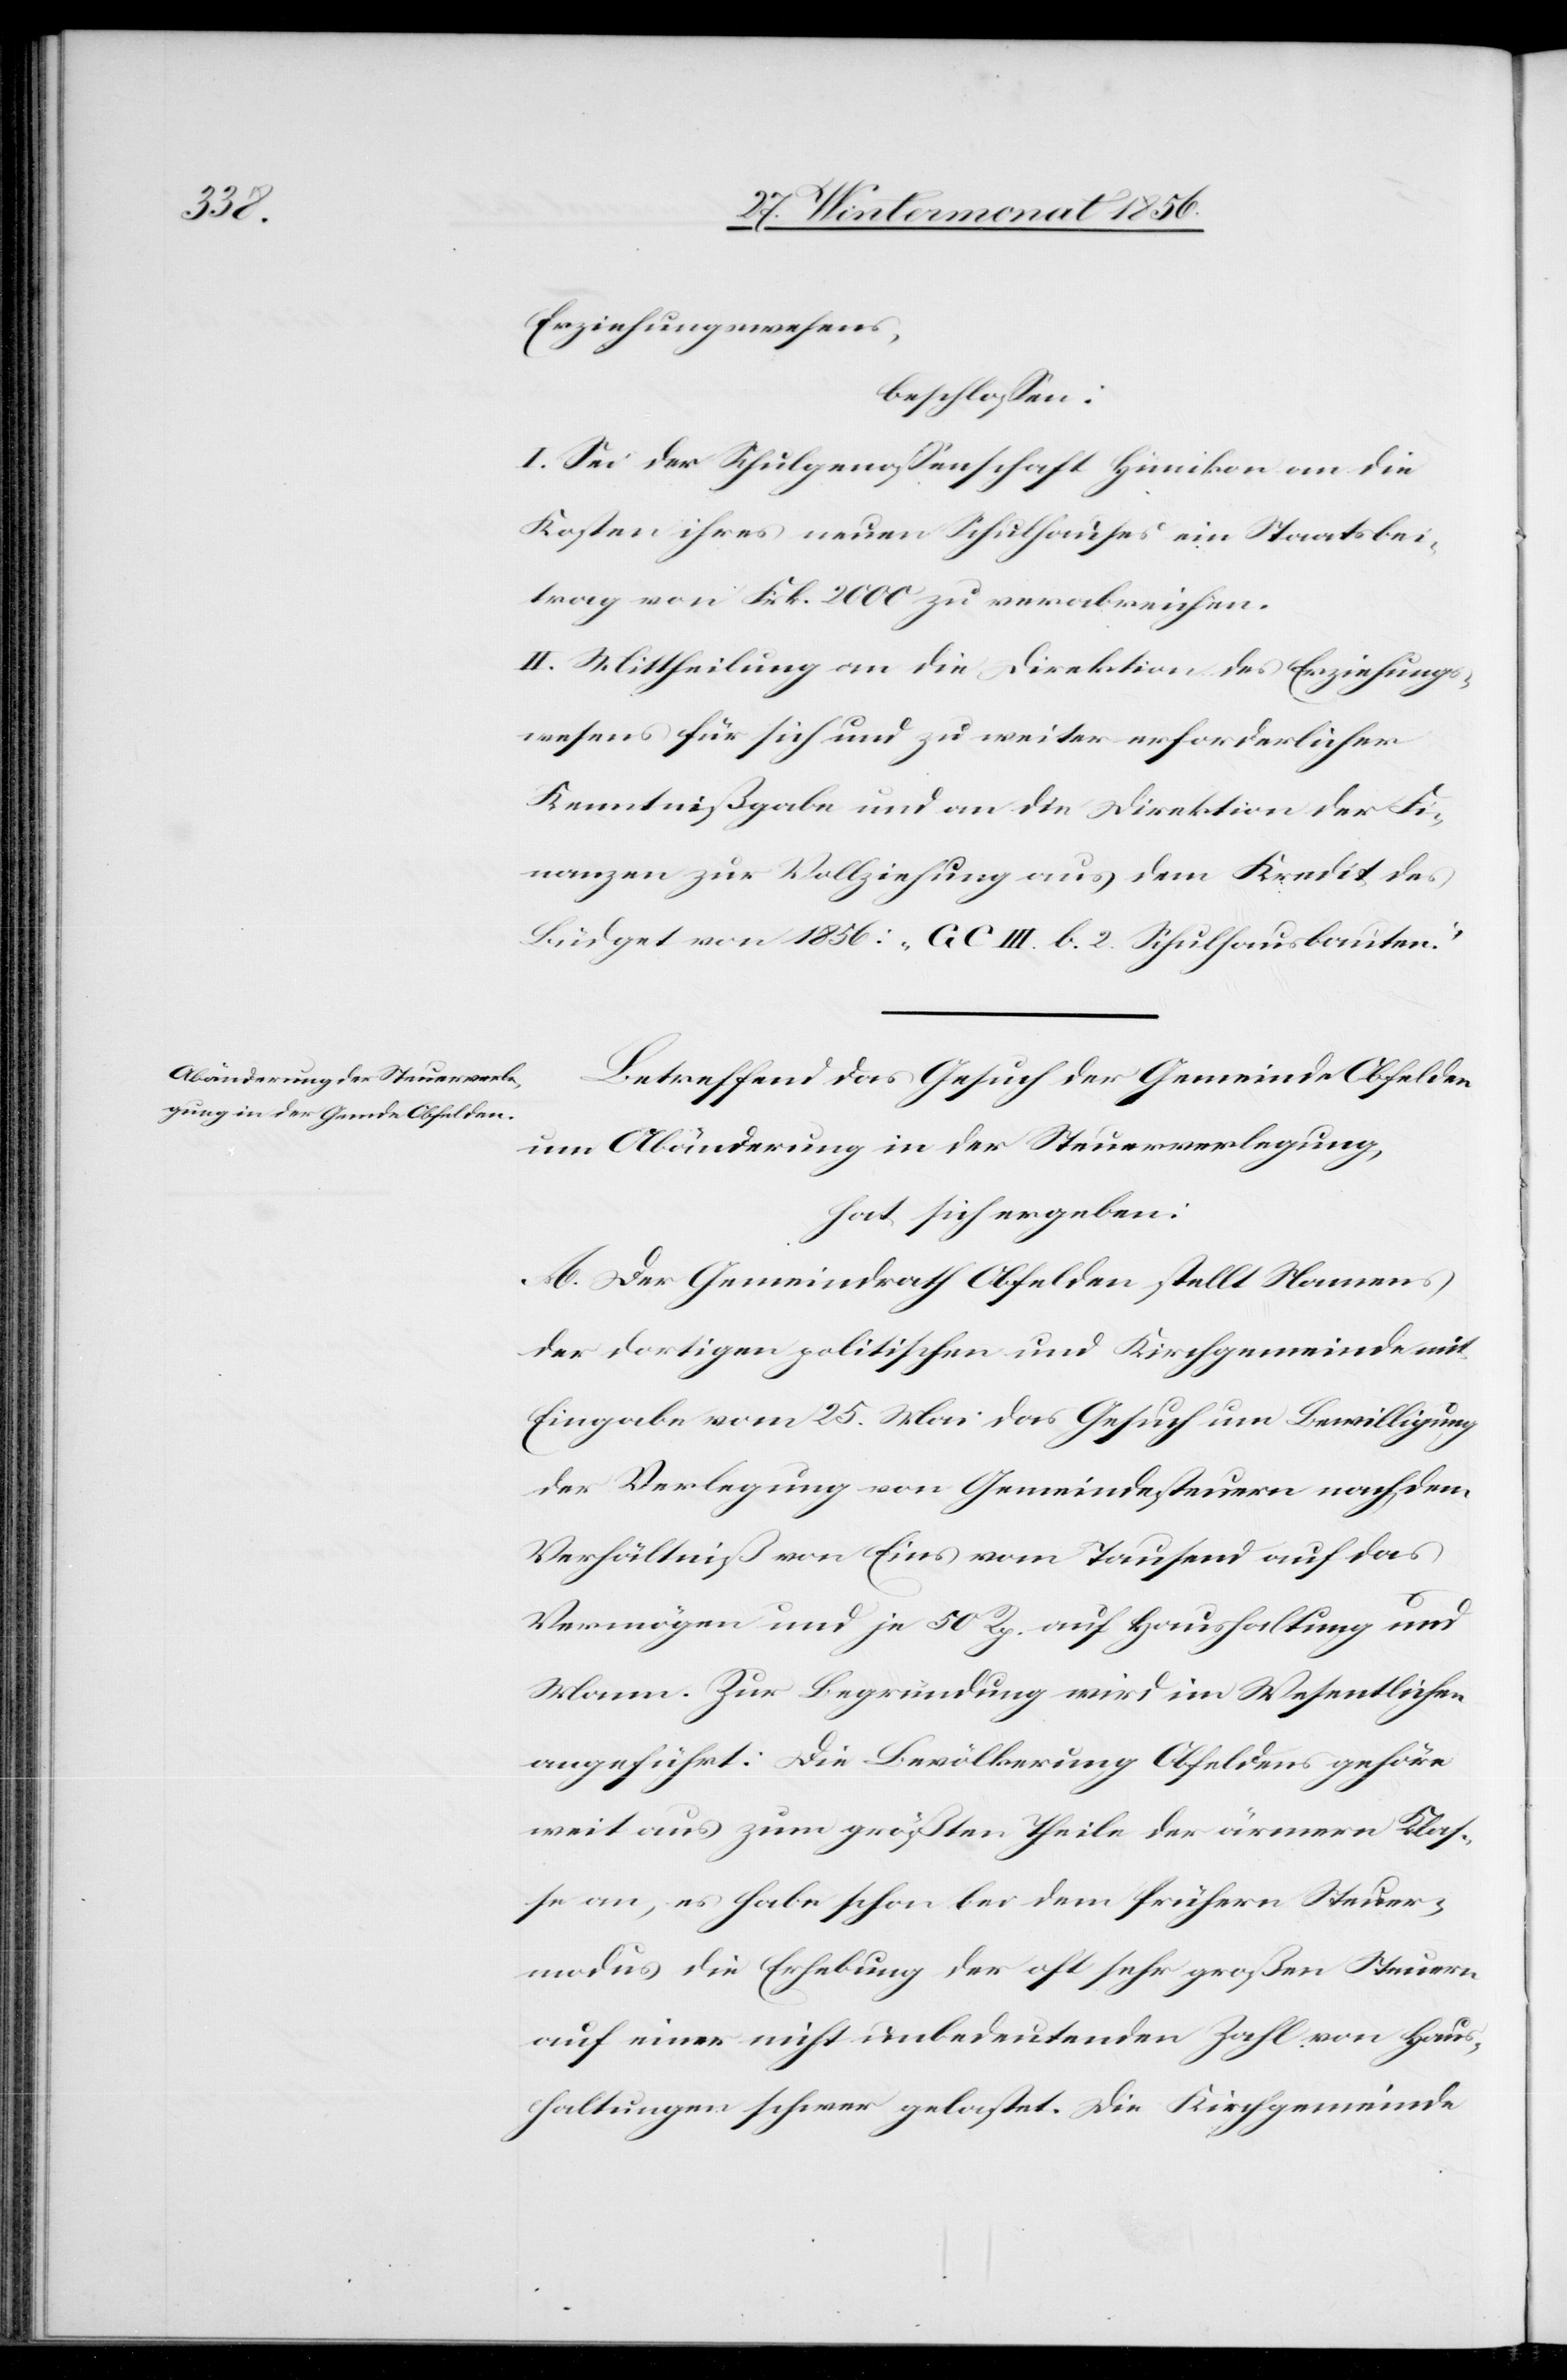
Erziehungswesens,
beschlossen:
I. Sei der Schulgenossenschaft Hünikon an die
Kosten ihres neuen Schulhauses ein Staatsbei¬
trag von Frk. 2000 zu verabreichen.
II. Mittheilung an die Direktion des Erziehungs¬
wesens für sich und zu weiter erforderlicher
Kenntnißgabe und an die Direktion der Fi¬
nanzen zur Vollziehung aus dem Kredit des
Büdget von 1856: „G C III. b. 2. Schulhausbauten.“
Betreffend das Gesuch der Gemeinde Obfelden
um Abänderung in der Steuerverlegung,
hat sich ergeben:
A. Der Gemeindrath Obfelden stellt Namens
der dortigen politischen und Kirchgemeinde mit
Eingabe vom 25. Mai das Gesuch um Bewilligung
der Verlegung von Gemeindesteuern nach dem
Verhältniß von Eins vom Tausend auf das
Vermögen und je 50 Rp. auf Haushaltung und
Mann. Zur Begründung wird im Wesentlichen
angeführt: Die Bevölkerung Obfeldens gehöre
weit aus zum größten Theile der ärmern Klas¬
se an, es habe schon bei dem frühern Steuer¬
modus die Erhebung der oft sehr großen Steuern
auf einer nicht unbedeutenden Zahl von Haus¬
haltungen schwer gelastet. Die Kirchgemeinde